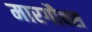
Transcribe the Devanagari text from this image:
मारगौक्स